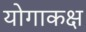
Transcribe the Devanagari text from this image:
योगाकक्ष